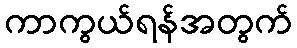
ကာကွယ်ရန်အတွက်